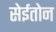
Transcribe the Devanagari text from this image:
सेईतोन